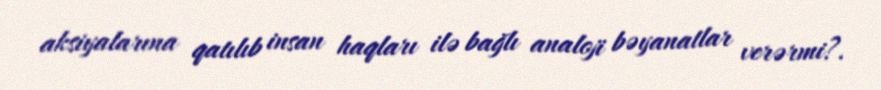
aksiyalarına qatılıb insan haqları ilə bağlı analoji bəyanatlar verərmi?.